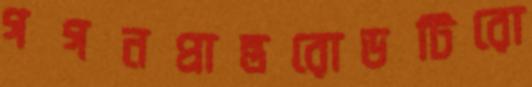
গগনপ্রান্তরোডটিরো